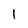
Character: l